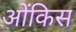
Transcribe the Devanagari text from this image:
ओंकिस